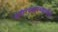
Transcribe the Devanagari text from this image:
शरीरस्वास्थ्याचीही